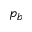
p _ { b }